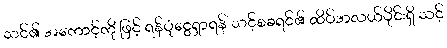
သင်၏ အကောင့်ကို ဖြင့် ရန်ပုံငွေရှာရန် သင့်စခရင်၏ ထိပ်အလယ်ပိုင်းရှိ သင့်